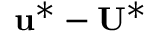
\mathbf { u ^ { * } } - \mathbf { U ^ { * } }